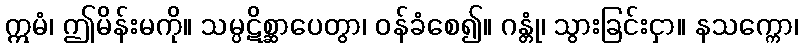
ဣမံ၊ ဤမိန်းမကို။ သမ္ပဋိစ္ဆာပေတွာ၊ ဝန်ခံစေ၍။ ဂန္တုံ၊ သွားခြင်းငှာ။ နသက္ကော၊